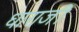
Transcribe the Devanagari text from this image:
धाराजी